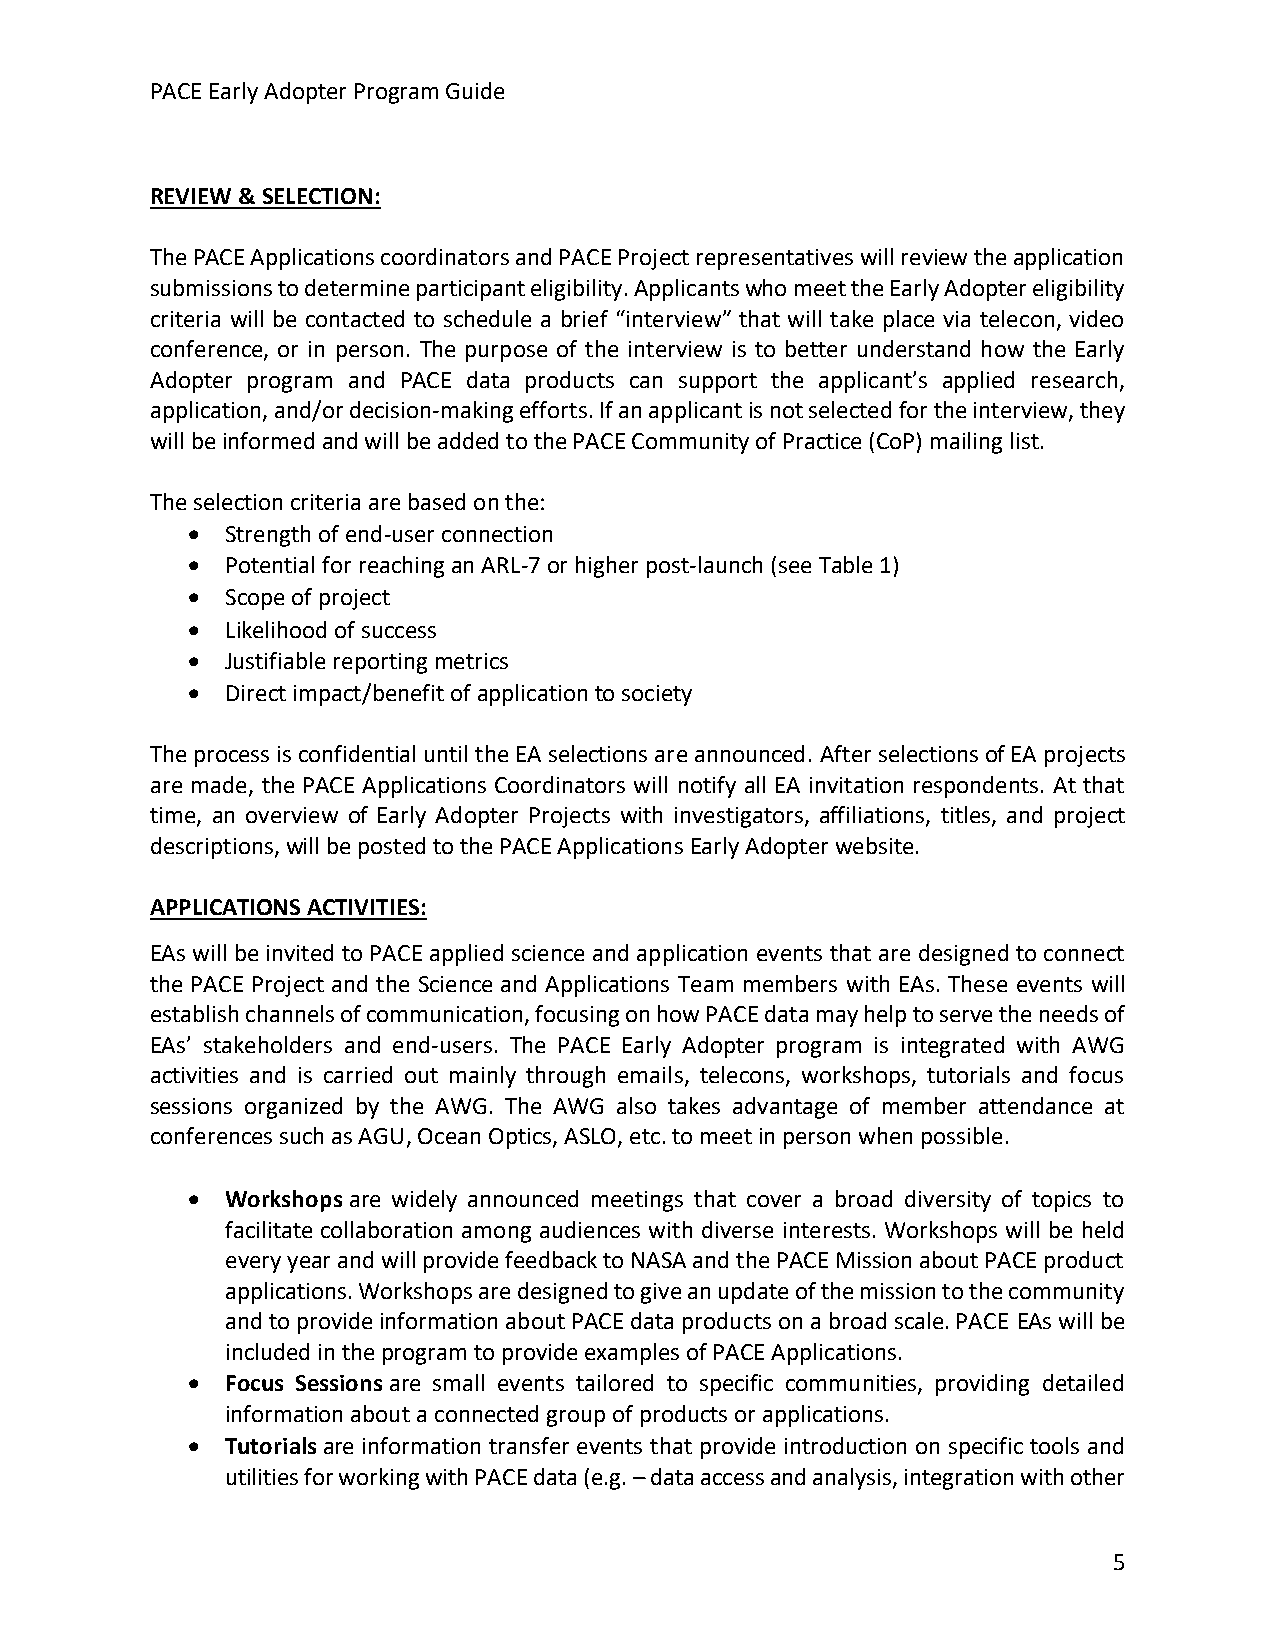
PACE Early Adopter Program Guide
 REVIEW & SELECTION:
 The PACE Applications coordinators and PACE Project representatives will review the application
 submissions to determine participant eligibility. Applicants who meet the Early Adopter eligibility
 criteria will be contacted to schedule a brief “interview” that will take place via telecon, video
 conference, or in person. The purpose of the interview is to better understand how the Early
 Adopter program and PACE data products can support the applicant’s applied research,
 application, and/or decision-making efforts. If an applicant is not selected for the interview, they
 will be informed and will be added to the PACE Community of Practice (CoP) mailing list.
 The selection criteria are based on the:
 •  Strength of end-user connection
 •  Potential for reaching an ARL-7 or higher post-launch (see Table 1)
 •  Scope of project
 •  Likelihood of success
 •  Justifiable reporting metrics
 •  Direct impact/benefit of application to society
 The process is confidential until the EA selections are announced. After selections of EA projects
 are made, the PACE Applications Coordinators will notify all EA invitation respondents. At that
 time, an overview of Early Adopter Projects with investigators, affiliations, titles, and project
 descriptions, will be posted to the PACE Applications Early Adopter website.
 APPLICATIONS ACTIVITIES:
 EAs will be invited to PACE applied science and application events that are designed to connect
 the PACE Project and the Science and Applications Team members with EAs. These events will
 establish channels of communication, focusing on how PACE data may help to serve the needs of
 EAs’ stakeholders and end-users. The PACE Early Adopter program is integrated with AWG
 activities and is carried out mainly through emails, telecons, workshops, tutorials and focus
 sessions organized by the AWG. The AWG also takes advantage of member attendance at
 conferences such as AGU, Ocean Optics, ASLO, etc. to meet in person when possible.
 •  Workshops are widely announced meetings that cover a broad diversity of topics to
 facilitate collaboration among audiences with diverse interests. Workshops will be held
 every year and will provide feedback to NASA and the PACE Mission about PACE product
 applications. Workshops are designed to give an update of the mission to the community
 and to provide information about PACE data products on a broad scale. PACE EAs will be
 included in the program to provide examples of PACE Applications.
 •  Focus Sessions are small events tailored to specific communities, providing detailed
 information about a connected group of products or applications.
 •  Tutorials are information transfer events that provide introduction on specific tools and
 utilities for working with PACE data (e.g. – data access and analysis, integration with other
 5